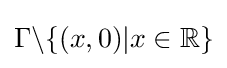
\Gamma \backslash \{(x,0)|x\in \mathbb {R} \}